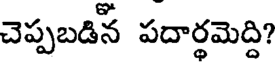
చెప్పబడిన పదార్థమెద్ది?